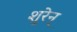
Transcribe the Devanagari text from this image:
शुरेन्